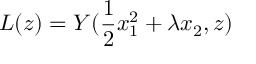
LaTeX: L ( z ) = Y ( \frac { 1 } { 2 } x _ { 1 } ^ { 2 } + \lambda x _ { 2 } , z )